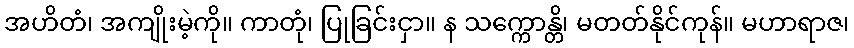
အဟိတံ၊ အကျိုးမဲ့ကို။ ကာတုံ၊ ပြုခြင်းငှာ။ န သက္ကောန္တိ၊ မတတ်နိုင်ကုန်။ မဟာရာဇ၊